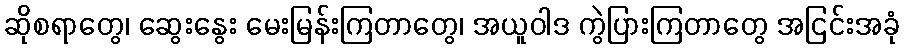
ဆိုစရာတွေ၊ ဆွေးနွေး မေးမြန်းကြတာတွေ၊ အယူဝါဒ ကွဲပြားကြတာတွေ အငြင်းအခုံ